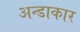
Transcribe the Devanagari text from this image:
अन्डाकार